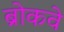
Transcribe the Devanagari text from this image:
ब्रोकवे